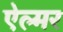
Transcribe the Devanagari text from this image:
ऐल्मर